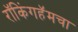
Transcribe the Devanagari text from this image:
रॉकिंगहॅमचा